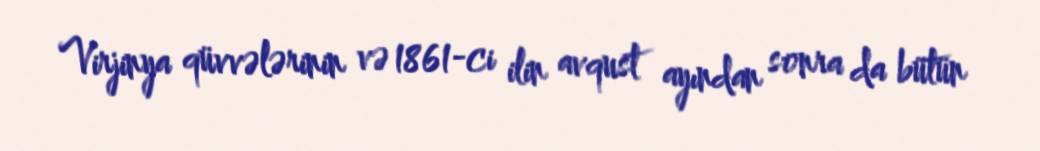
Virjinya qüvvələrinin və 1861-ci ilin avqust ayından sonra da bütün